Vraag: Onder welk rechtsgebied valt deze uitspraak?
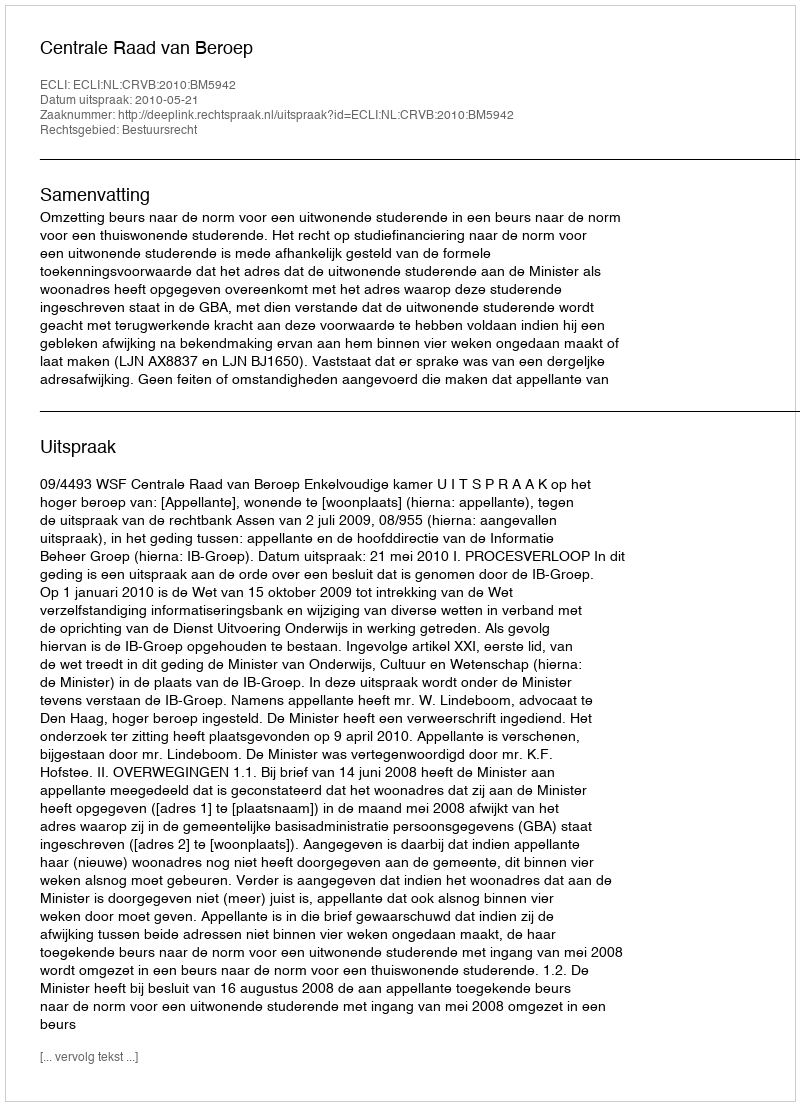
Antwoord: Bestuursrecht